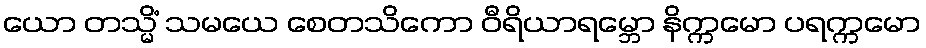
ယော တသ္မိံ သမယေ စေတသိကော ဝီရိယာရမ္ဘော နိက္ကမော ပရက္ကမော